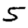
Digit: 5